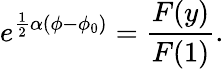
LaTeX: {e^{\frac{1}{2}\alpha(\phi-\phi_{0})}=\frac{F(y)}{F(1)}.}